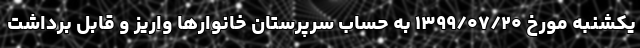
یکشنبه مورخ ۱۳۹۹/۰۷/۲۰ به حساب سرپرستان خانوار‌ها واریز و قابل برداشت